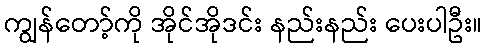
ကျွန်တော့်ကို အိုင်အိုဒင်း နည်းနည်း ပေးပါဦး။